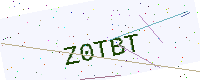
Text: Z0TBT